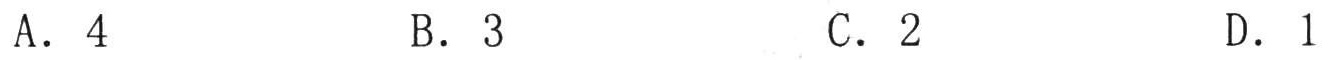
A. 4
B. 3
C. 2
D. 1